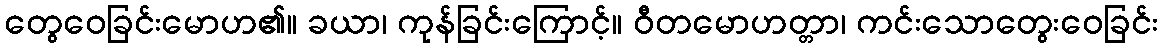
တွေဝေခြင်းမောဟ၏။ ခယာ၊ ကုန်ခြင်းကြောင့်။ ဝီတမောဟတ္တာ၊ ကင်းသောတွေးဝေခြင်း